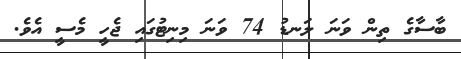
ބާސާގެ ތިން ވަނަ ލަނޑުު 74 ވަނަ މިނިޓުގައި ޖެހީ މެސީ އެވެ.